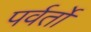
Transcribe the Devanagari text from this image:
पर्वर्तो